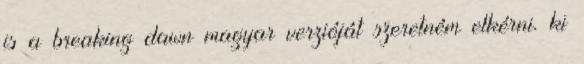
is a breaking dawn magyar verzióját szeretném elkérni. ki